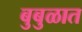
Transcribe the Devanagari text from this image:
बुबुळात